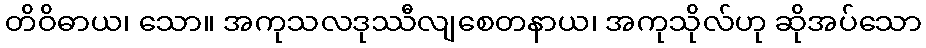
တိဝိဓာယ၊ သော။ အကုသလဒုဿီလျစေတနာယ၊ အကုသိုလ်ဟု ဆိုအပ်သော